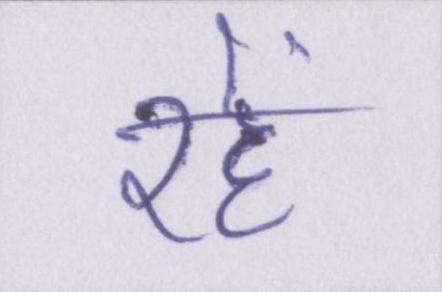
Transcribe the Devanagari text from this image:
रहें